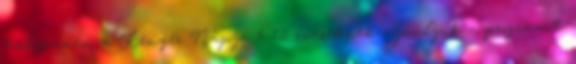
helyszínen. a Kenyér Napja 6-12 éveseknek ajánljuk a programot.